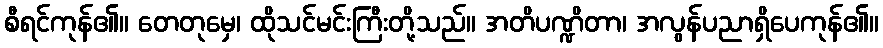
စီရင်ကုန်၏။ တေတုမှေ၊ ထိုသင်မင်းကြီးတို့သည်။ အတိပဏ္ဍိတာ၊ အလွန်ပညာရှိပေကုန်၏။